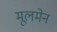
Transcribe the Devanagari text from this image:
मूलमेन